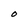
Character: O